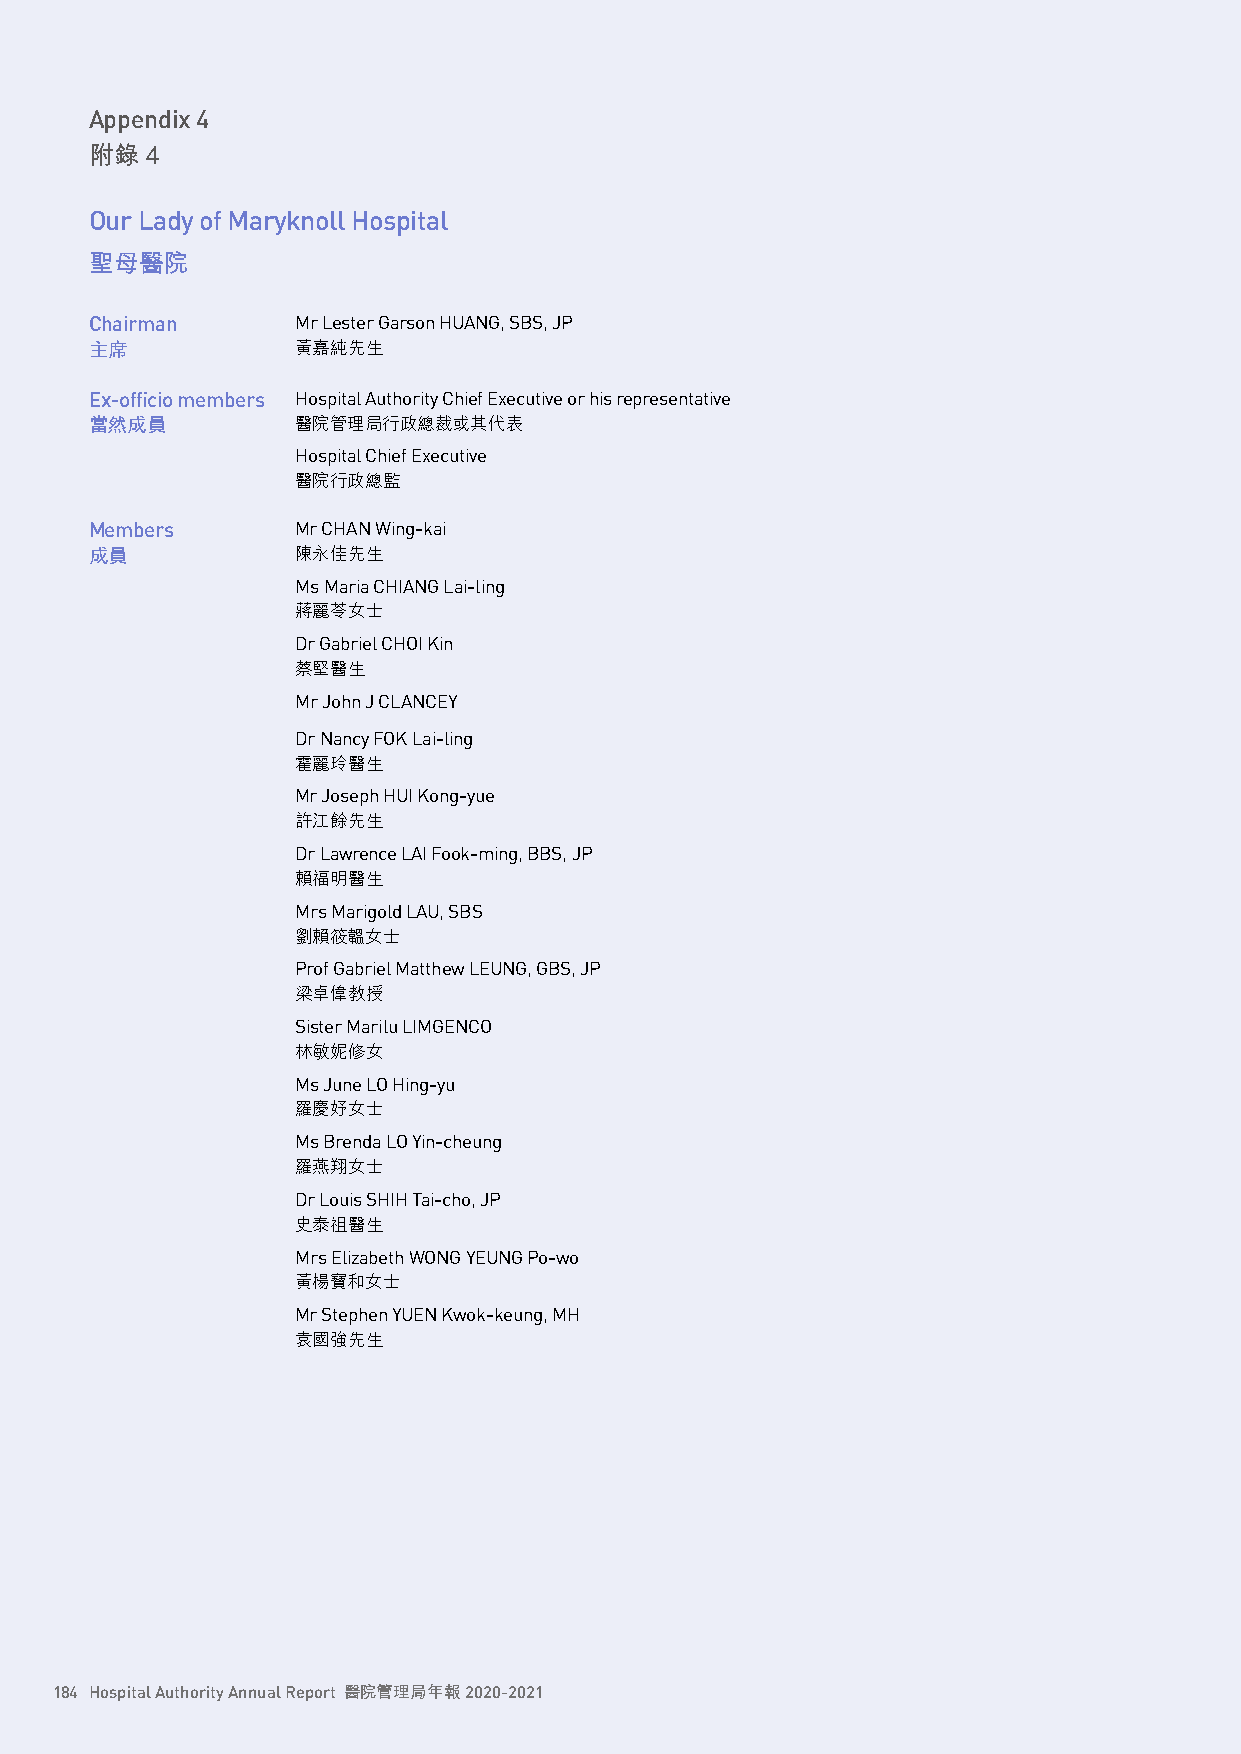
Appendix 4
 附錄  4
 Our Lady of Maryknoll Hospital
 聖母醫院
 Chairman      Mr Lester Garson HUANG, SBS, JP
 主席            黃嘉純先生
 Ex-officio members Hospital Authority Chief Executive or his representative
 當然成員          醫院管理局行政總裁或其代表
 Hospital Chief Executive
 醫院行政總監
 Members       Mr CHAN Wing-kai
 成員            陳永佳先生
 Ms Maria CHIANG Lai-ling
 蔣麗苓女士
 Dr Gabriel CHOI Kin
 蔡堅醫生
 Mr John J CLANCEY
 Dr Nancy FOK Lai-ling
 霍麗玲醫生
 Mr Joseph HUI Kong-yue
 許江餘先生
 Dr Lawrence LAI Fook-ming, BBS, JP
 賴福明醫生
 Mrs Marigold LAU, SBS
 劉賴筱韞女士
 Prof Gabriel Matthew LEUNG, GBS, JP
 梁卓偉教授
 Sister Marilu LIMGENCO
 林敏妮修女
 Ms June LO Hing-yu
 羅慶妤女士
 Ms Brenda LO Yin-cheung
 羅燕翔女士
 Dr Louis SHIH Tai-cho, JP
 史泰祖醫生
 Mrs Elizabeth WONG YEUNG Po-wo
 黃楊寶和女士
 Mr Stephen YUEN Kwok-keung, MH
 袁國強先生
 184 Hospital Authority Annual Report 醫院管理局年報 2020-2021